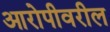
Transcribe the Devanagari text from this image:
आरोपीवरील